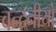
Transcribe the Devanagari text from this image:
वन्दनीयो